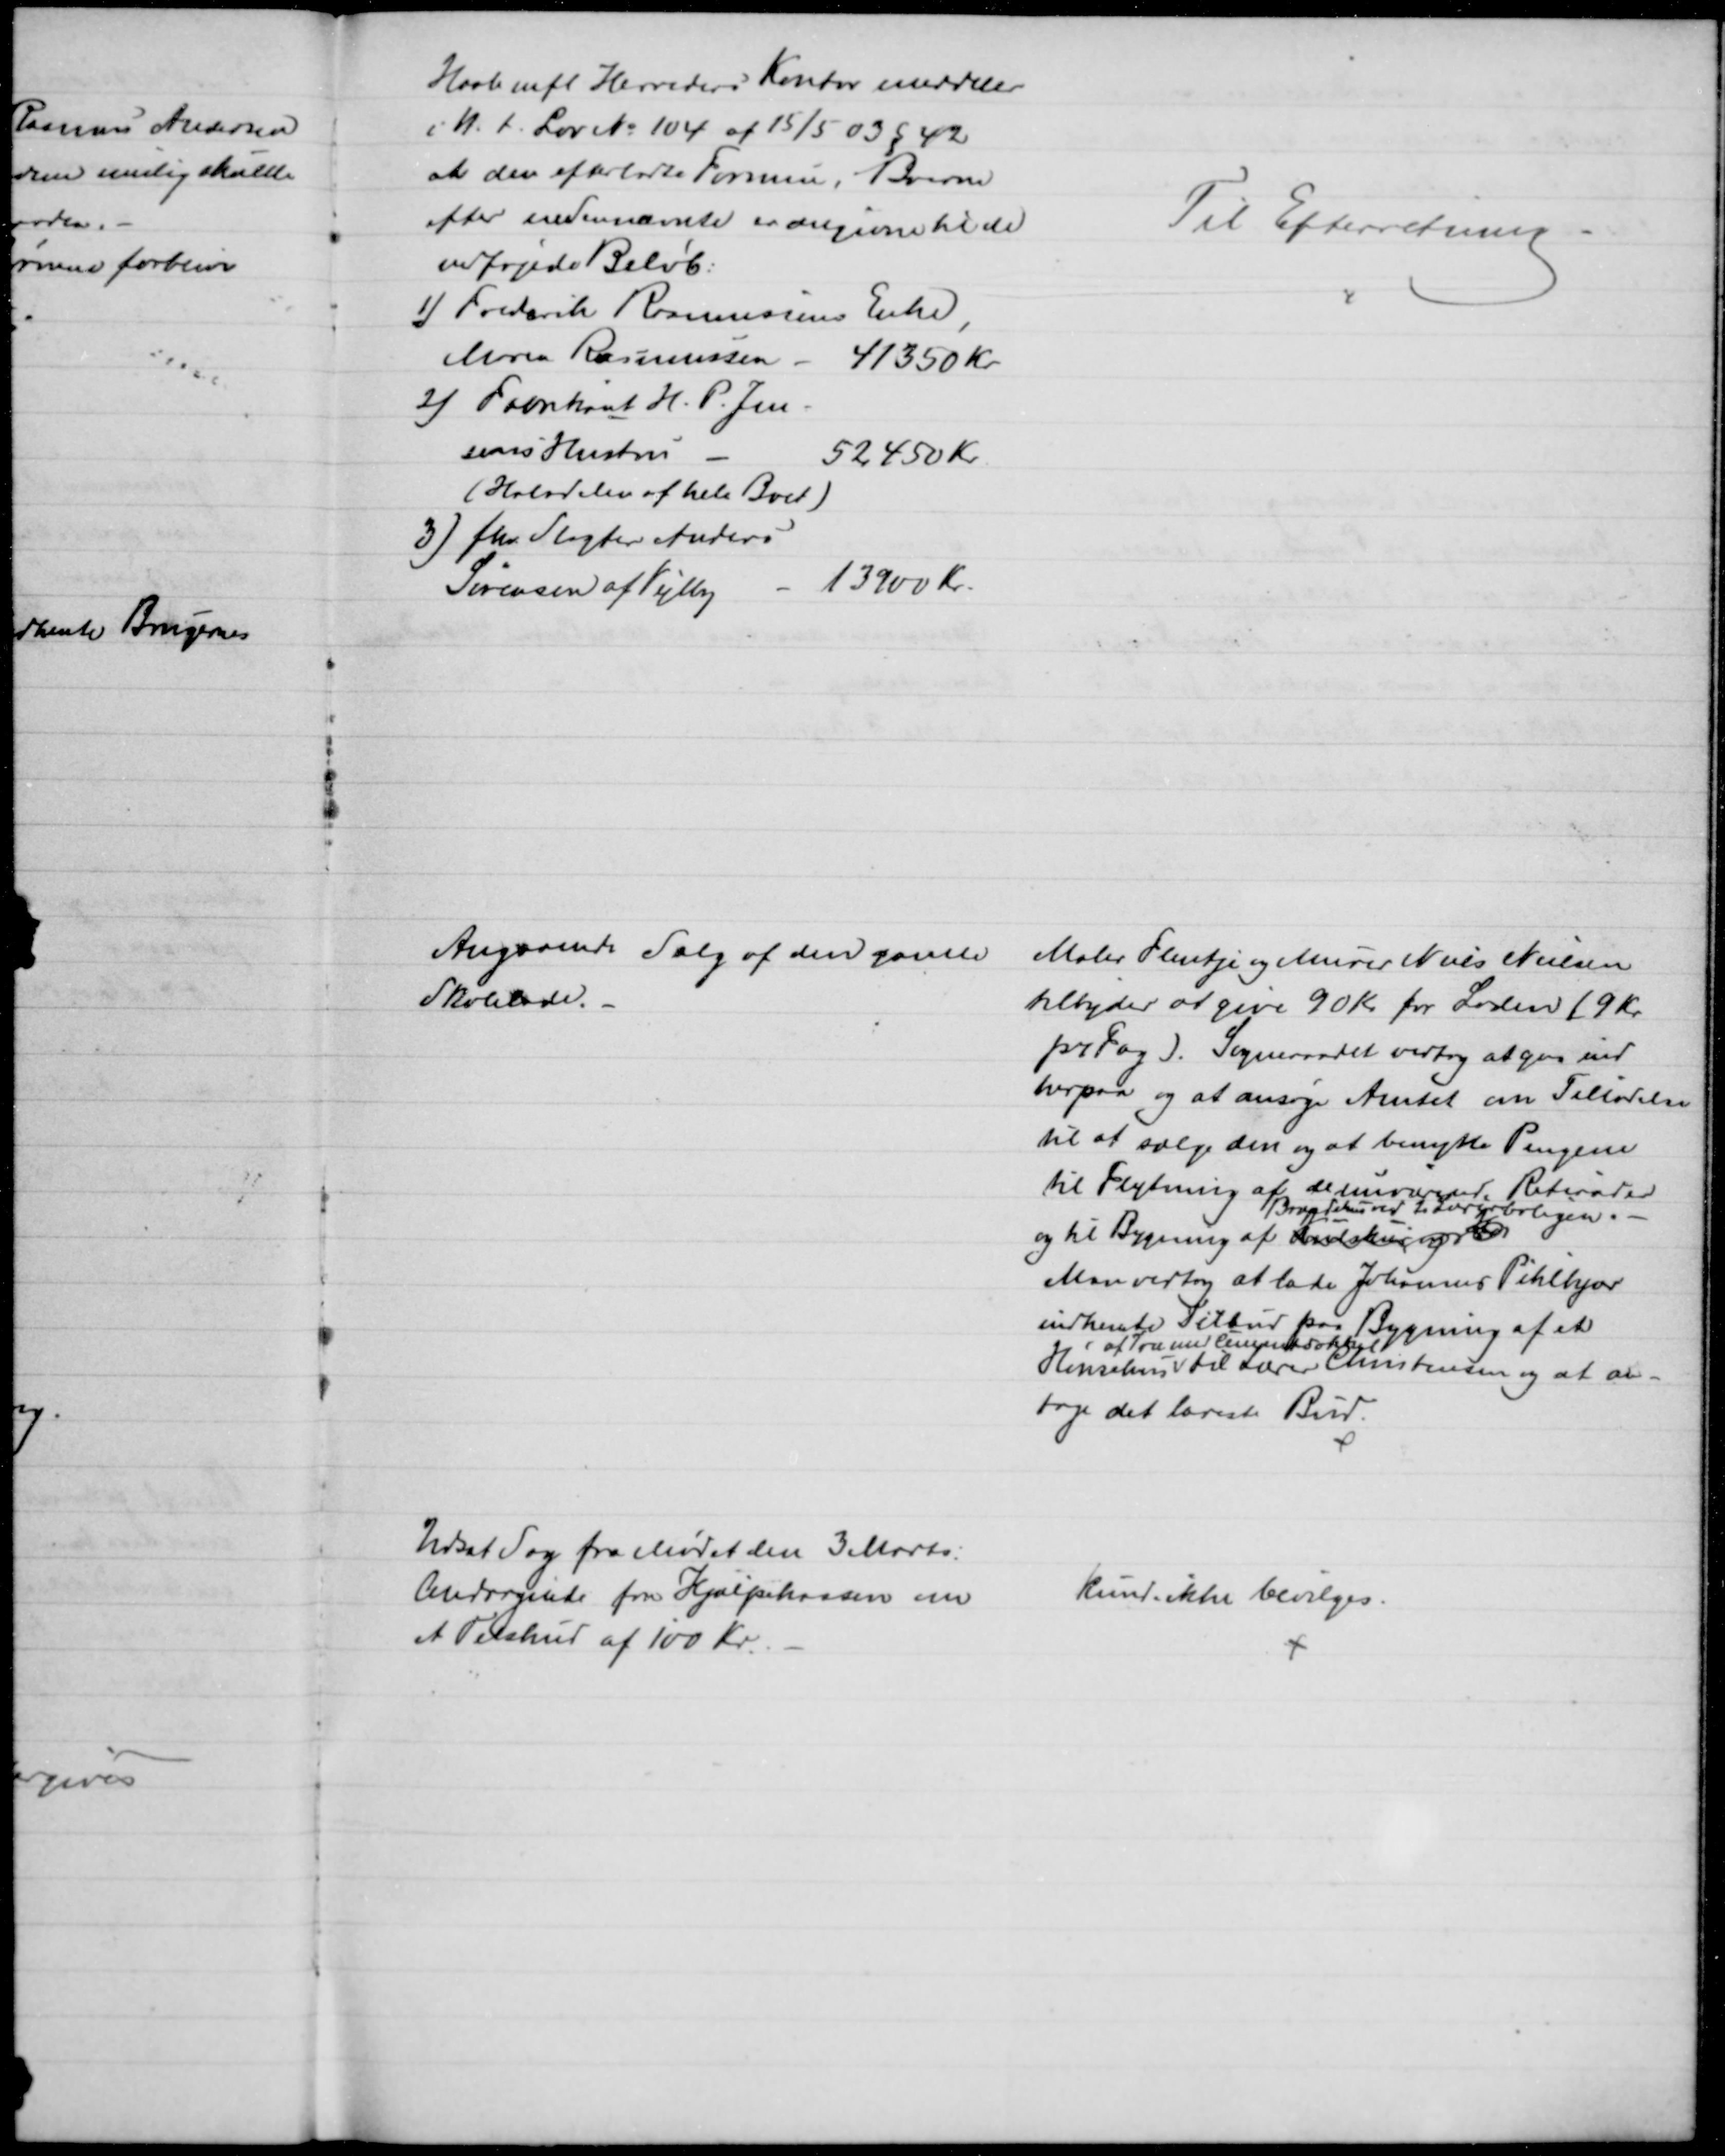
Transskription:
Hasle mfl Herreders Kontor meddeler
i H. t. Lov № 104 af 15/5 03 § 42
at den efterladte Formue i Boerne
efter nedennævnte er angivne til de
vedføjede Beløb:
1) Frederik Rasmussen Enke,
Maren Rasmussen - 41350 Kr.
2) Fabrikant H. P. Jen-
sens Hustru
52450 Kr.
(Halvdelen af hele Boet)
3) fhv. Slagter Anders
Sørensen af Vejlby
13900 Kr.
Til Efterretning
Angaaende Salg af den gamle
Skolelade.
Maler Flentje og Murer Niels Nielsen
tilbyder at give 90 Kr for Laden (9 Kr.
pr Fag). Sogneraadet vedtog at gaa ind
herpaa og at ansøge Amtet om Tilladelse
til at sælge den og at benytte Pengene
til Flytning af derværende Retirader
og til Bygning af Tandskur og 
Brændehus ved 2. Lærerboligen.
Man vedtog at lade Johannes Pihlkjær
indhente Tilbud paa Bygning af et
Hønsehus 
af Træ med Cementsokkel
til Lærer Christensen og at an-
tage det laveste Bud.
Udsat Sag fra Mødet den 3 Marts:
Andragende fra Hjælpekassen om
et Tilskud af 100 Kr.
kunde ikke bevilges.